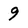
Character: 9